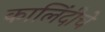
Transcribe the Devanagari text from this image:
कालिंदीचे